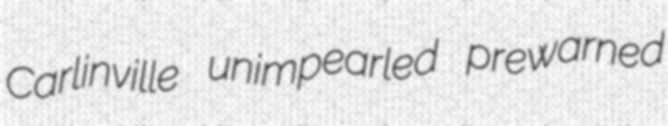
Carlinville unimpearled prewarned